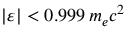
| \varepsilon | < 0 . 9 9 9 \, m _ { e } c ^ { 2 }